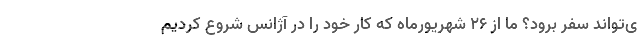
ی‌تواند سفر برود؟ ما از ۲۶ شهریورماه که کار خود را در آژانس شروع کردیم